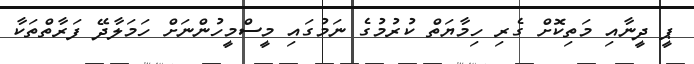
ޕީ ދީނާއި މަތިކޮށް ގެރި ހިމާޔަތް ކުރުމުގެ ނަމުގައި މީސްމީހުންނަށް ހަމަލާދޭ ފަރާތްތަކާ